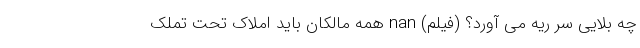
چه بلایی سر ریه می آورد؟ (فیلم) nan همه مالکان باید املاک تحت تملک